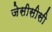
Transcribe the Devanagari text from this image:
जेसीसीसी